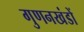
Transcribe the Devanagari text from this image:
गुणनखंडों